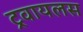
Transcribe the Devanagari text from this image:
ट्रवायलस